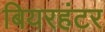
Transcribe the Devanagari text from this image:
बियरहंटर